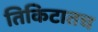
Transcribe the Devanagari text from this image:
तिकिटातच